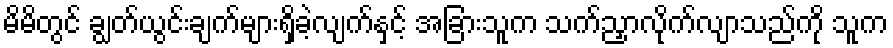
မိမိတွင် ချွတ်ယွင်းချက်များရှိခဲ့လျက်နှင့် အခြားသူက သက်ညှာလိုက်လျာသည်ကို သူက